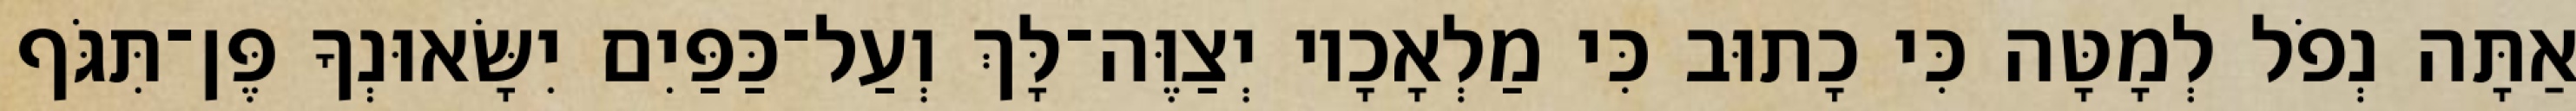
אַתָּה נְפֹל לְמָטָּה כִּי כָתוּב כִּי מַלְאָכָיו יְצַוֶּה־לָּךְ וְעַל־כַּפַּיִם יִשָּׂאוּנְךָ פֶּן־תִּגֹּף